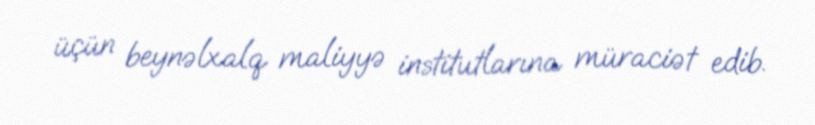
üçün beynəlxalq maliyyə institutlarına müraciət edib.